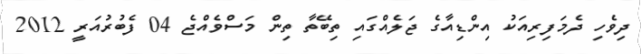
ދިވެހި ދެމަފިރިއަކު އިންޑިއާގެ ޖަލެއްގައި ތިބޭތާ ތިން މަސްވެއްޖެ 04 ފެބުރުއަރީ 2012